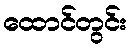
ထောင်တွင်း